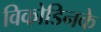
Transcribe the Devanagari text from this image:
विकोडिनके